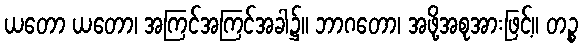
ယတော ယတော၊ အကြင်အကြင်အခါ၌။ ဘာဂတော၊ အဖို့အစုအားဖြင့်။ တဉ္စ